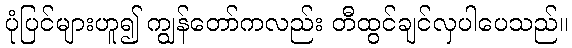
ပုံပြင်များဟူ၍ ကျွန်တော်ကလည်း တီထွင်ချင်လှပါပေသည်။